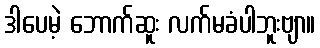
ဒါပေမဲ့ ဘောက်ဆူး လက်မခံပါဘူးဗျာ။